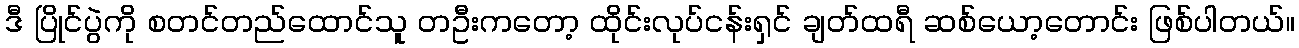
ဒီ ပြိုင်ပွဲကို စတင်တည်ထောင်သူ တဦးကတော့ ထိုင်းလုပ်ငန်းရှင် ချတ်ထရီ ဆစ်ယော့တောင်း ဖြစ်ပါတယ်။